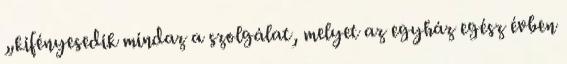
„kifényesedik mindaz a szolgálat, melyet az egyház egész évben